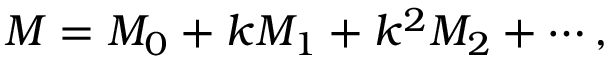
M = M _ { 0 } + k M _ { 1 } + k ^ { 2 } M _ { 2 } + \cdots ,